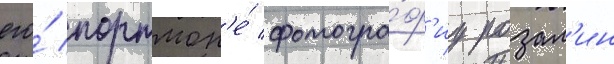
его́ портмон'е́ фотогра́ф'иу розал'ин